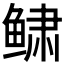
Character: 𱇿